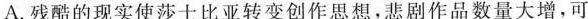
A.残酷的现实使莎士比亚转变创作思想，悲剧作品数量大增，可